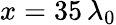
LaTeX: x=35\, \lambda_{0}